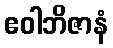
ဧဝါဘိဇာနံ